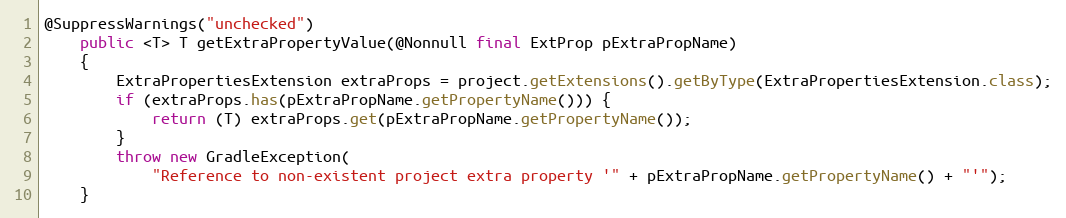
Language: Java
@SuppressWarnings("unchecked")
    public <T> T getExtraPropertyValue(@Nonnull final ExtProp pExtraPropName)
    {
        ExtraPropertiesExtension extraProps = project.getExtensions().getByType(ExtraPropertiesExtension.class);
        if (extraProps.has(pExtraPropName.getPropertyName())) {
            return (T) extraProps.get(pExtraPropName.getPropertyName());
        }
        throw new GradleException(
            "Reference to non-existent project extra property '" + pExtraPropName.getPropertyName() + "'");
    }